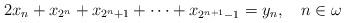
LaTeX: \begin{align*} 2x_n+x_{2^n}+x_{2^n+1}+\cdots+x_{2^{n+1}-1}=y_n, \ \ \ n \in \omega\end{align*}